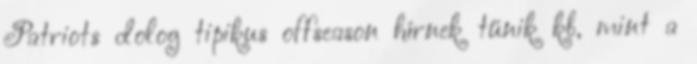
Patriots dolog tipikus offseason hírnek tűnik kb, mint a